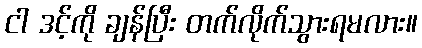
ငါ ဒင့်ကို ချန်ပြီး တက်လိုက်သွားရမလား။